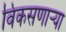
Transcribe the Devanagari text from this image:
विकसणाऱ्या